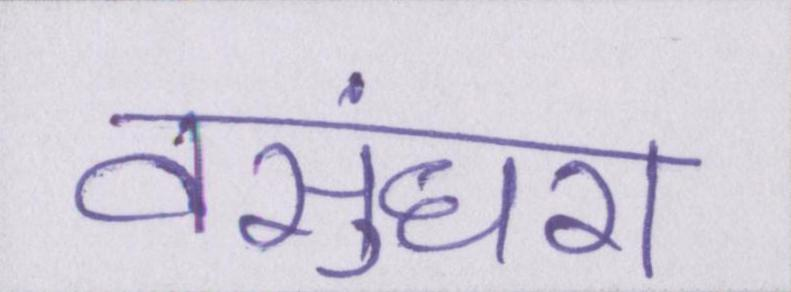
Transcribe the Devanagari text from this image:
वसुंधरा